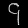
Digit: ၄